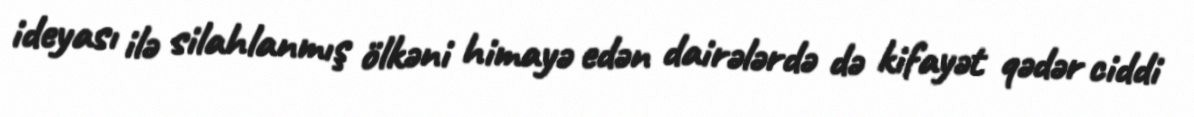
ideyası ilə silahlanmış ölkəni himayə edən dairələrdə də kifayət qədər ciddi